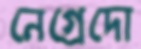
নেগ্রেদো